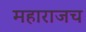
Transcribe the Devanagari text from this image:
महाराजच